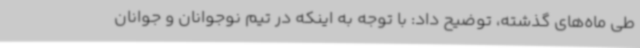
طی ماه‌های گذشته، توضیح داد: با توجه به اینکه در تیم نوجوانان و جوانان